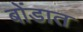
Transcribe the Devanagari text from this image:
बोंडात